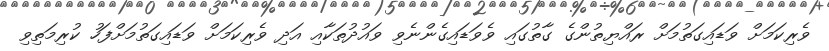
ވެރިކަމަށް ވަޑައިގަތުމަށް ރައްޔިތުންގެ ގާތުގައި ވެވަޑައިގެންނެވި ވައުދުތަކާއި އަދި ވެރިކަމަށް ވަޑައިގަތުމަށްފަހު ކުރިމަތިވި